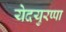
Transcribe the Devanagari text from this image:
येदयुरप्पा